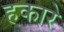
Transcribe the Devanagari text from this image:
हकारे